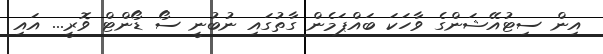
އިން ސިޓުއޭޝަންގެ ވާހަކަ ބައްޕަމެން ގާތުގައި ނުބުނީ ސޯ ޑޯންޓް ވޮރީ... އައި